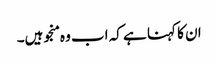
ان کا کہنا ہے کہ اب وہ منجو ہیں۔